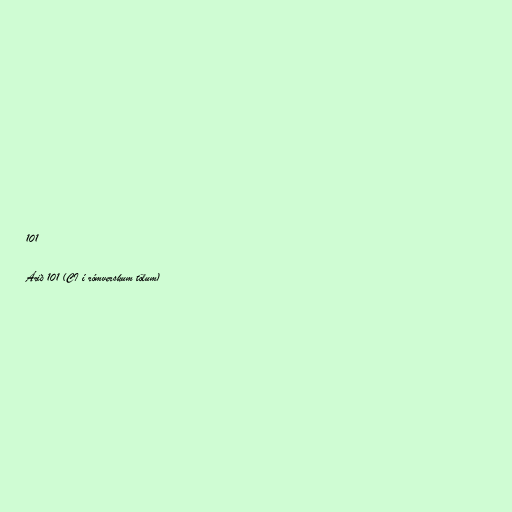
101

Árið 101 (CI í rómverskum tölum)